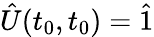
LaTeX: \hat{U}(t_{0},t_{0})=\hat{1}